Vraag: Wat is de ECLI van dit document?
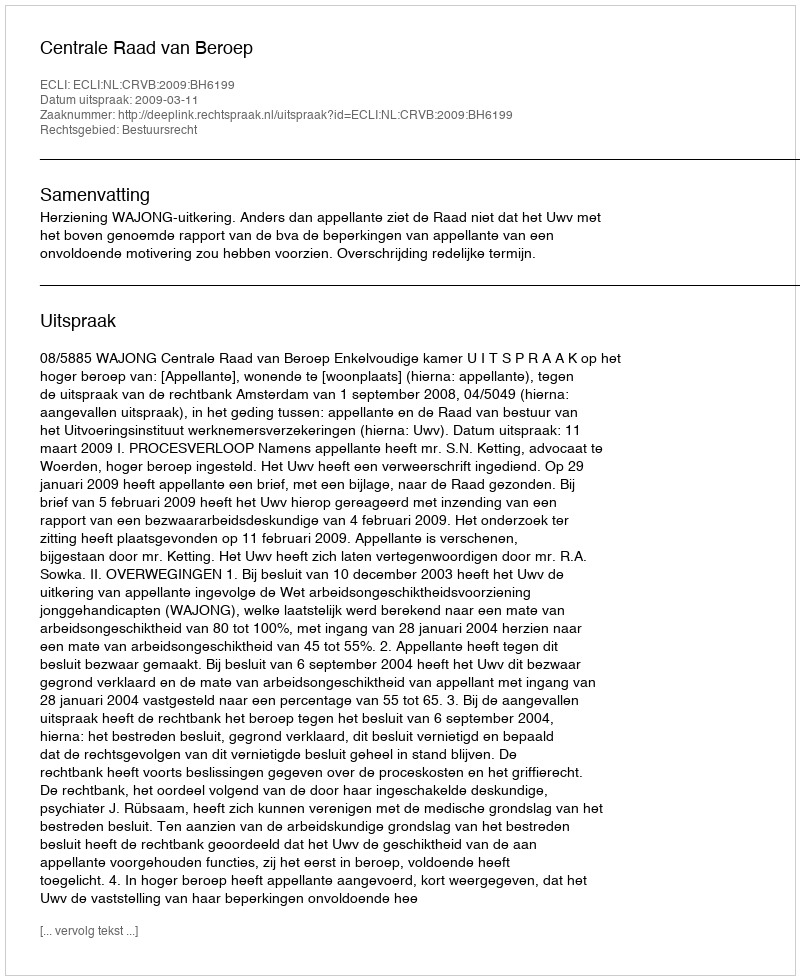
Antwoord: ECLI:NL:CRVB:2009:BH6199